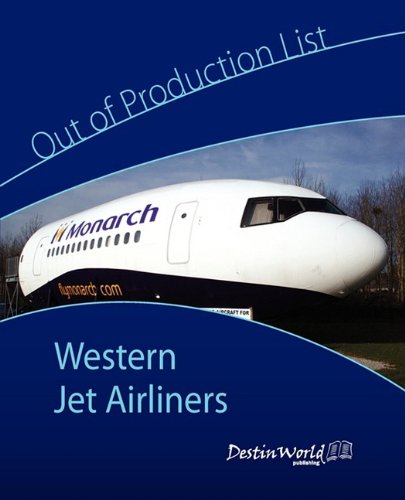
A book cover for Out of Production List - Western Jet Airliners; Engineering & Transportation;